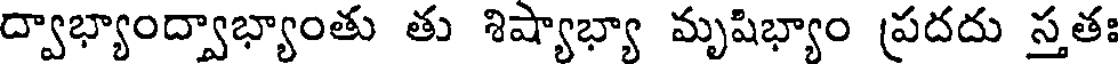
ద్వాభ్యాంద్వాభ్యాంతు తు శిష్యాభ్యా మృషిభ్యాం ప్రదదు స్తతః